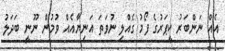
އެއް ނަންބަރު ކީޕަރުގެ ފޯމު ގެއްލި ނުވަތަ އަނިޔާއެއް ވުމުން ނޫނީ ބަދަލު